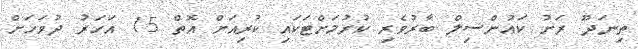
ތިނަދޫ ރަށު ކައުންސިލް ބާރުވެރި ކުރުމަށްޓަކައި ކުރިއަށް އޮތް 15 އަހަރު ދުވަހަށް